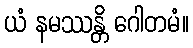
ယံ နမဿန္တိ ဂေါတမံ။